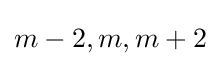
m-2,m,m+2